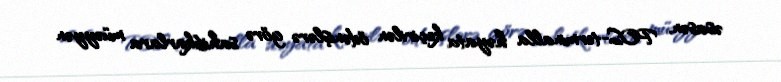
əsasən, POS-terminalla həyata keçirilən ödənişlərə görə sahibkarlara müəyyən